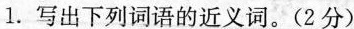
1.写出下列词语的近义词。(2分)